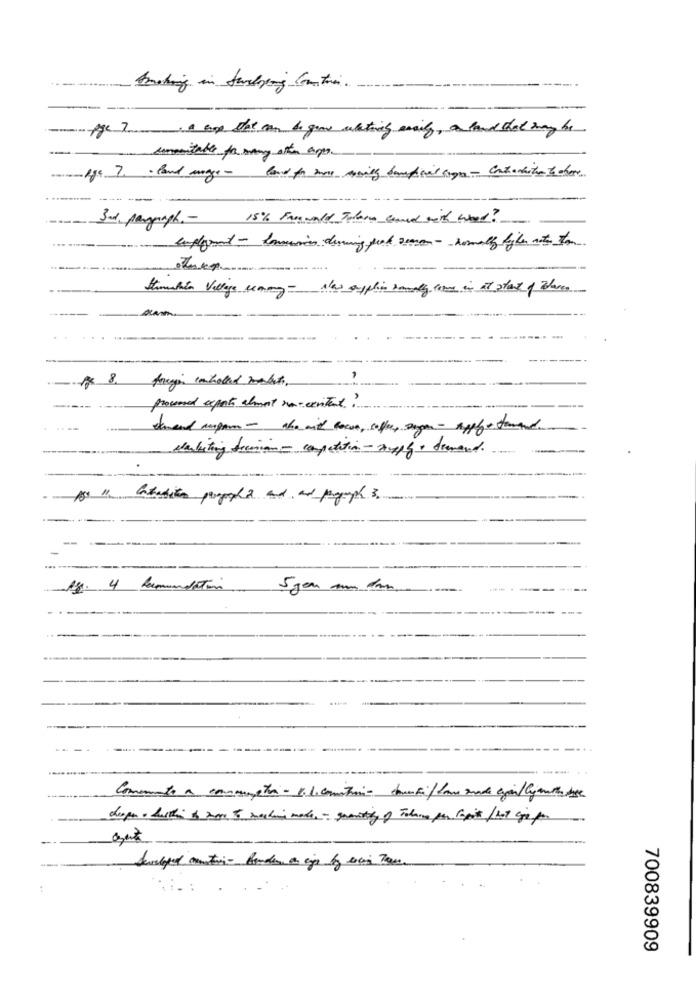
----
Age 7a comp that can & grow whatis maily, a land that may be
ummitable for many other aper
3rd, pargraph .- 15% Free world Today seand with what?
Stumble Village semmy- New applies romaly come in at plant of molares
processed exports almost re- ecritet ?
- ---
trend aspar - who with cocoa, cofe, Dagan - Apple formand
dabiting decision- competition-xexplo derand.
- ----
Ag. 4 kumundoton
5 jour um don
700839909